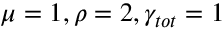
\mu = 1 , \rho = 2 , \gamma _ { t o t } = 1